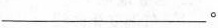
___。